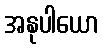
အနုပါယော